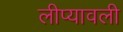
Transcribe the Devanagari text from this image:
लीप्यावली